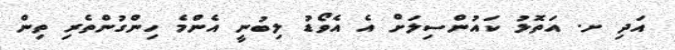
އަދި ށ. އަތޮޅު ކައުންސިލަށް އެ އެވޯޑު ލިބުނީ އެންމެ ހިންގުންތެރި ތިން